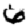
Digit: 6